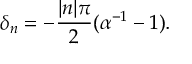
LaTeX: \delta _ { n } = - { \frac { | n | \pi } { 2 } } ( \alpha ^ { - 1 } - 1 ) .